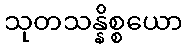
သုတသန္နိစ္စယော